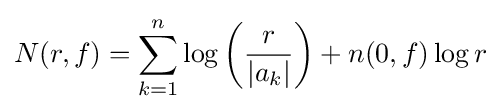
N(r,f)=\sum _{k=1}^{n}\log \left({\frac {r}{|a_{k}|}}\right)+n(0,f)\log r